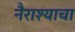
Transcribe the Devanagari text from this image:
नैराश्याचा